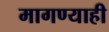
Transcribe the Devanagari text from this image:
मागण्याही